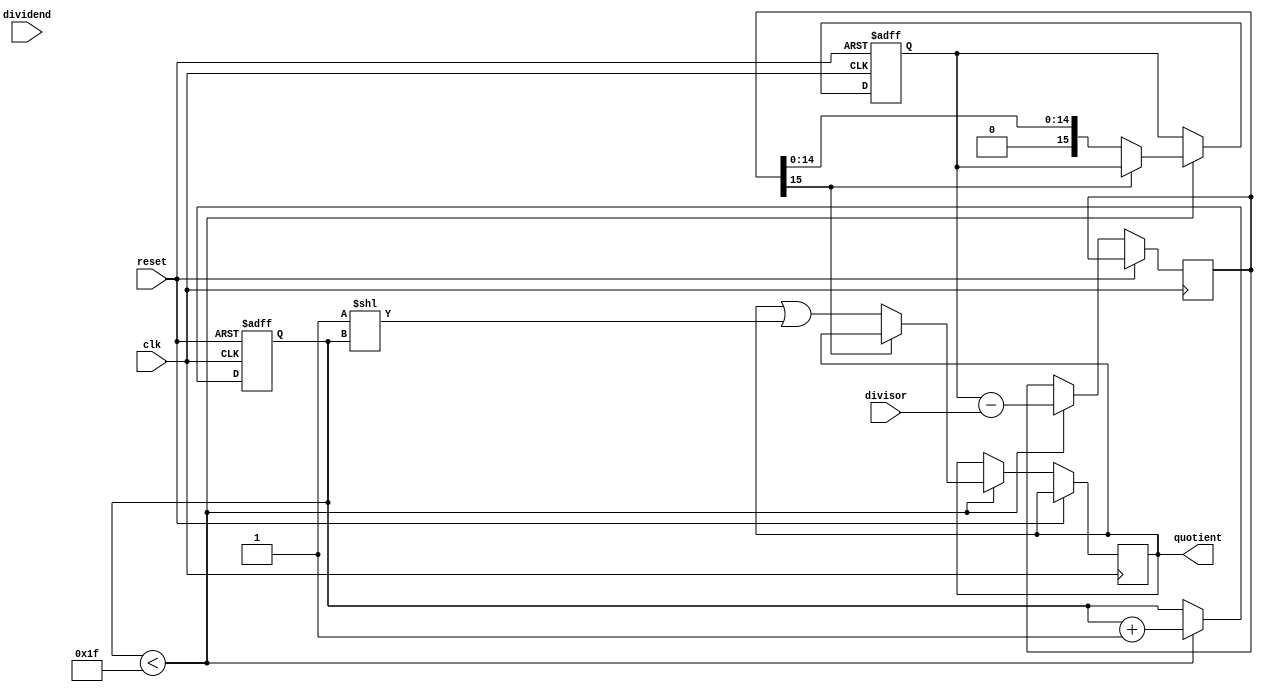
module fractional_divider (
  input wire clk,
  input wire reset,
  input wire [15:0] dividend,
  input wire [15:0] divisor,
  output wire [15:0] quotient
);

reg [15:0] remainder;
reg [15:0] shifted_dividend;
reg [15:0] tmp;
reg [4:0] precision;

always @ (posedge clk or posedge reset) begin
  if (reset) begin
    remainder <= 16'b0;
    shifted_dividend <= 16'b0;
    precision <= 5'b0;
  end else begin
    if (precision < 5'b11111) begin
      tmp <= shifted_dividend - divisor;
      if (tmp[15] == 0) begin
        shifted_dividend <= tmp;
        quotient <= quotient | (16'd1 << precision);
      end
      precision <= precision + 1;
    end
  end
end

endmodule